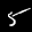
Label: 5